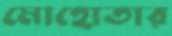
মোহোতার